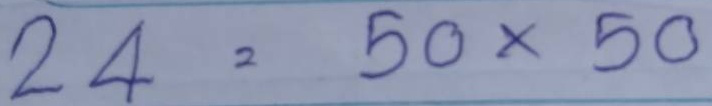
24 = 50 x 50